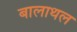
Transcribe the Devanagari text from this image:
बालाथल